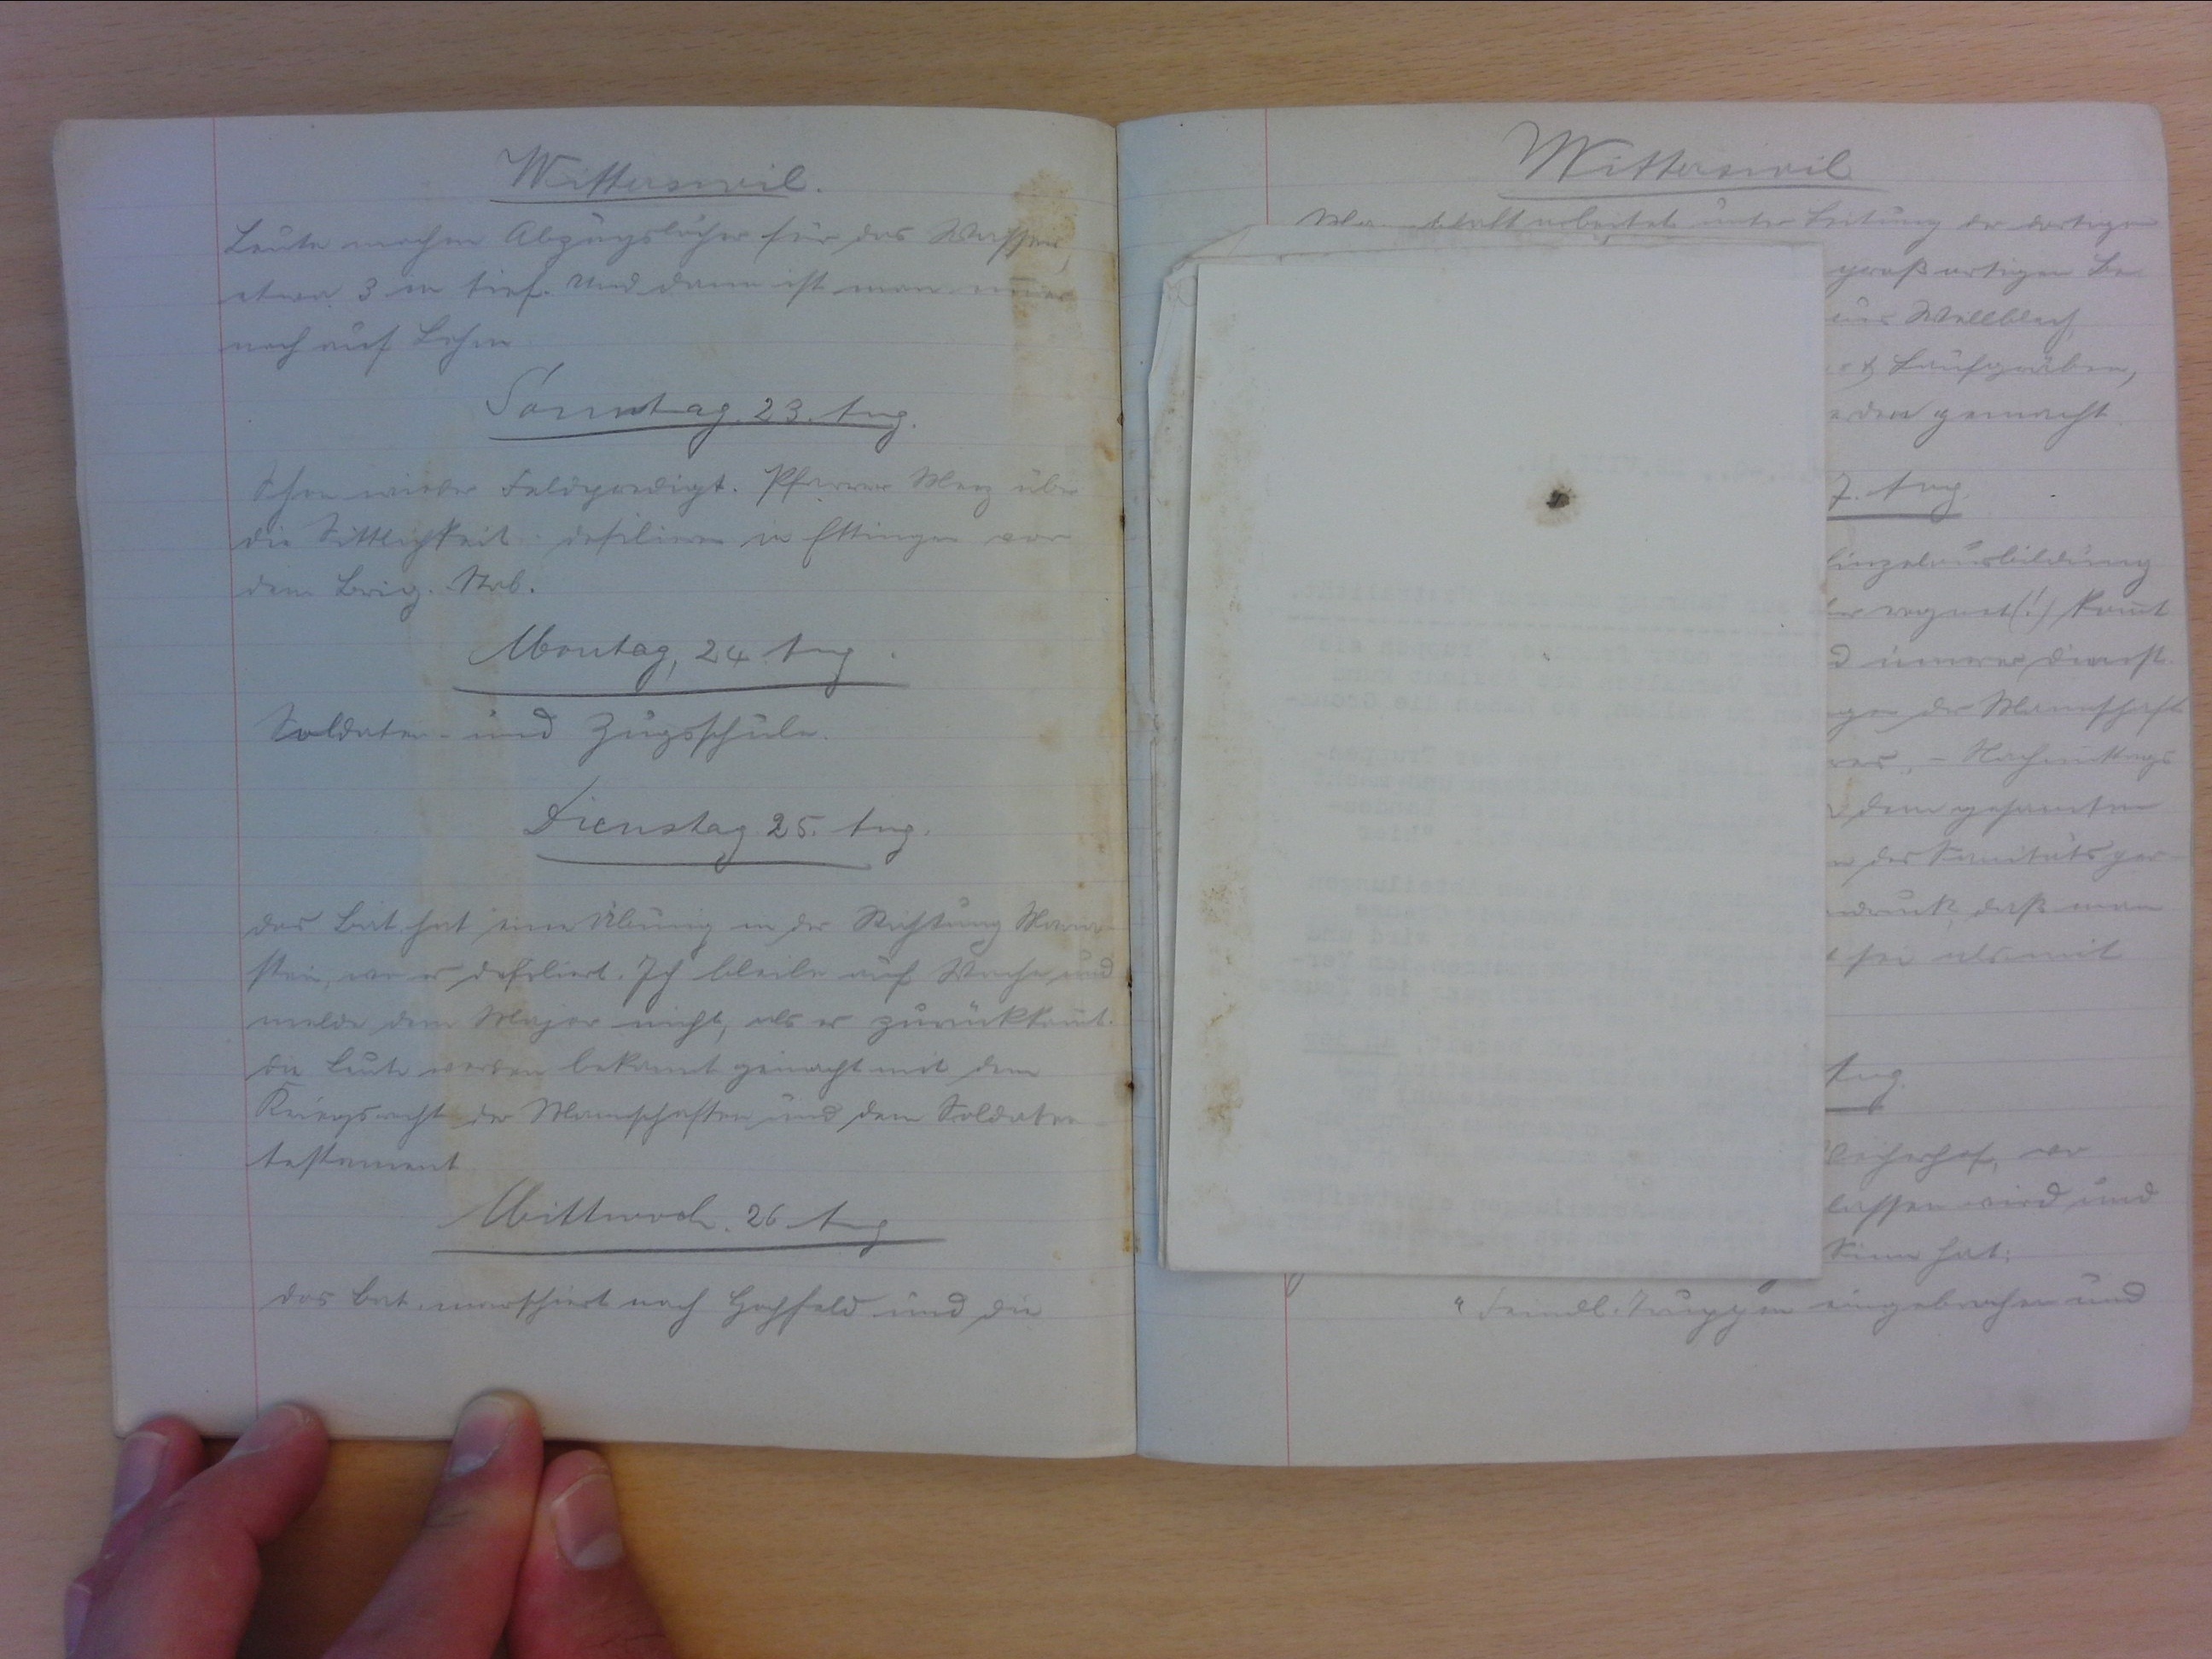
Witterswil
Leute machen Abzugslöcher für das Wasser,
etwa 3 m tief. Und dann ist man immer
noch auf Lohen.
Samstag, 23. Aug.
Schon wieder Feldpredigt. Pfarrer Merz über
die Sittlichkeit. defilieren in Ettingen vor
dem Brig.-stab.
Montag, 24. Aug.
Soldaten- und Zugsschule.
Dienstag, 25. Aug.
Das Bat. hat. eine Übung in der Richtung Maria-
stein, wo es defiliert. Ich bleibe auf Wache und
melde dem Major nicht, als er zurückkommt.
die Leute werden bekannt gemacht mit dem
Kriegsrecht der Mannschaften und dem Soldaten
testament.
Mittwoch, 26. Aug.
Das Bat marschiert nach Hohfeld und die